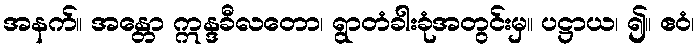
အနက်။ အန္တော ဣန္ဒခီလတော၊ ရွာတံခါးခုံအတွင်းမှ။ ပဋ္ဌာယ၊ ၍။ ဧဝံ၊